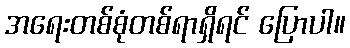
အရေးတစ်စုံတစ်ရာရှိရင် ပြောပါ။